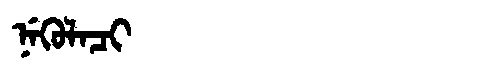
Manchu: ᠨᡝᡴᡠᠯᠠᠴᡳ
Romanization: NEKULACI